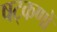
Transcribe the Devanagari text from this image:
षट्‌कणों